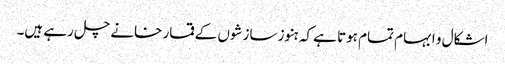
اشکال و ابہام تمام ہوتا ہے کہ ہنوز سازشوں کے قمار خانے چل رہے ہیں۔